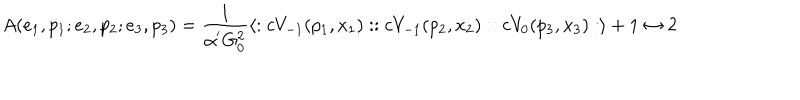
LaTeX: A ( e _ { 1 } , p _ { 1 } ; e _ { 2 } , p _ { 2 } ; e _ { 3 } , p _ { 3 } ) = \frac { 1 } { \alpha ^ { ' } G _ { 0 } ^ { 2 } } \langle : c V _ { - 1 } ( p _ { 1 } , x _ { 1 } ) : : c V _ { - 1 } ( p _ { 2 } , x _ { 2 } ) : : c V _ { 0 } ( p _ { 3 } , x _ { 3 } ) : \rangle + 1 \leftrightarrow 2